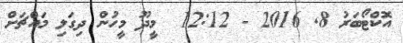
އޮކްޓޯބަރު 8